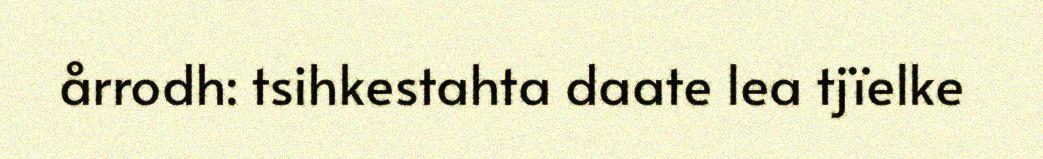
årrodh: tsihkestahta daate lea tjïelke